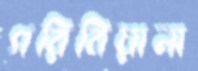
গরিবিয়ানা